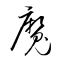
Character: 魔